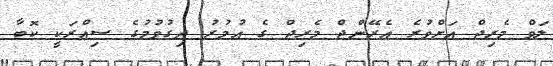
ލަވް މެރިޖް އަށްވުރެ އެރޭންޖް މެރިޖް ގެ އުމުރު ދިގުވުމުގެ ސިއްރަކީ ކޮބާ